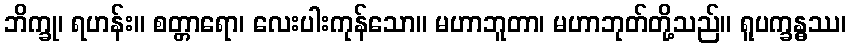
ဘိက္ခု၊ ရဟန်း။ စတ္တာရော၊ လေးပါးကုန်သော။ မဟာဘူတာ၊ မဟာဘုတ်တို့သည်။ ရူပက္ခန္ဓဿ၊